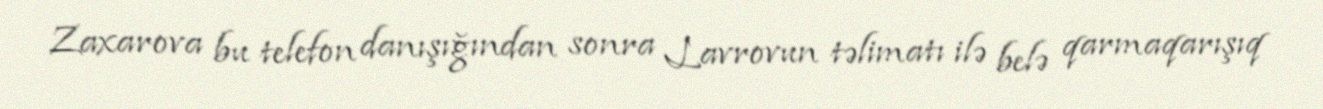
Zaxarova bu telefon danışığından sonra Lavrovun təlimatı ilə belə qarmaqarışıq